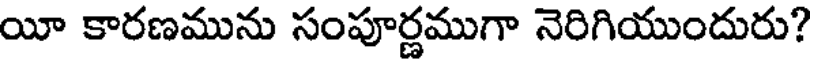
యీ కారణమును సంపూర్ణముగా నెరిగియుందురు?